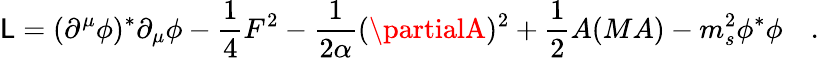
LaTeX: {\cal\mathsf{L}}=(\partial^{\mu}\phi)^{\ast}\partial_{\mu}\phi-{\frac{{1}}{{4}}}F^{2}-{\frac{{1}}{{2\alpha}}}(\partialA)^{2}+{\frac{{1}}{{2}}}A(MA)-m_{s}^{2}\phi^{\ast}\phi\quad.\; \;